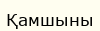
Қамшыны